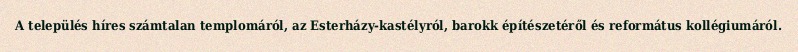
A település híres számtalan templomáról, az Esterházy-kastélyról, barokk építészetéről és református kollégiumáról.